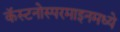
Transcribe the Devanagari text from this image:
कॅस्टनोस्परमाइनमध्ये